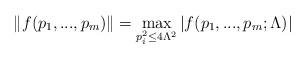
LaTeX: \begin{align*}\|f(p_1, ...,p_m)\|=\max_{p_i^2\leq4\Lambda^2}|f(p_1, ... ,p_m;\Lambda)|\end{align*}